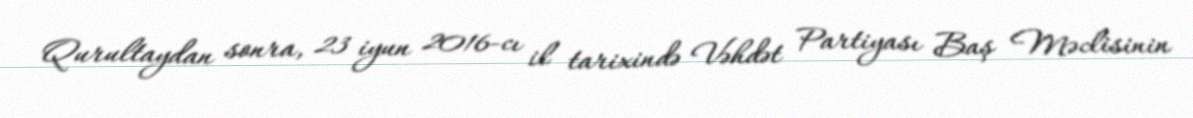
Qurultaydan sonra, 23 iyun 2016-cı il tarixində Vəhdət Partiyası Baş Məclisinin